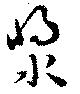
漿